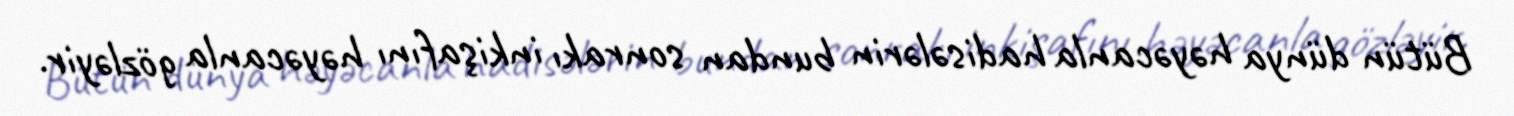
Bütün dünya həyəcanla hadisələrin bundan sonrakı inkişafını həyəcanla gözləyir.